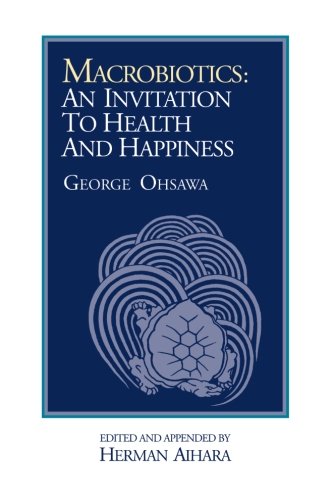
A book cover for Macrobiotics: An Invitation to Health and Happiness; George Ohsawa; Health, Fitness & Dieting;